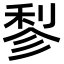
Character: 𬓪